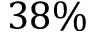
3 8 \%